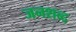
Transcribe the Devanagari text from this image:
जनशब्द